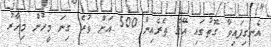
އެނގިފައިވާ ގޮތުގައި އޭގެ ތެރެއިން 500 އަށް ވުރެ ގިނަ މީހުން މިހާރު